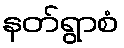
နတ်ရွာစံ